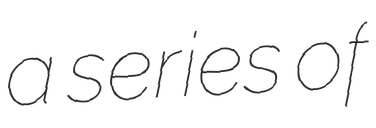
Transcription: a series of